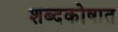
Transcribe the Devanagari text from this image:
शब्दकोषात